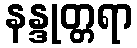
နန္ဒုတ္တရာ